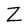
Character: Z